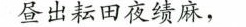
昼出耘田夜绩麻，